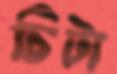
চিটা